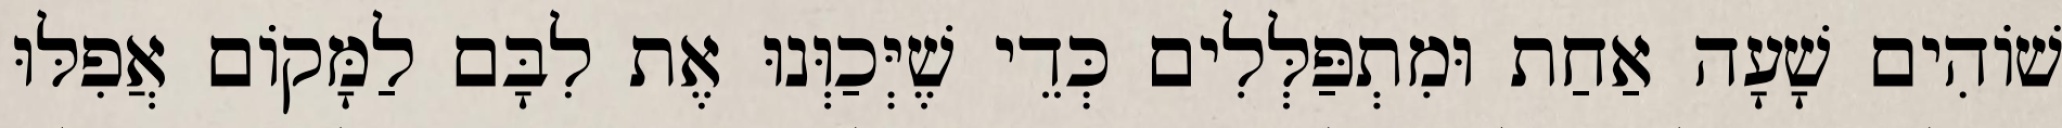
שׁוֹהִים שָׁעָה אַחַת וּמִתְפַּלְּלִים כְּדֵי שֶׁיְּכַוְּנוּ אֶת לִבָּם לַמָּקוֹם אֲפִלּוּ